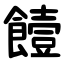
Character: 饐